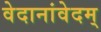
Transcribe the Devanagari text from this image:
वेदानांवेदम्